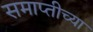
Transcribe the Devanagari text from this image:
समाप्‍तीच्या